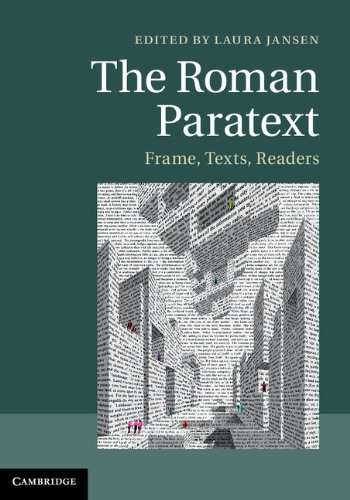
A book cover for The Roman Paratext: Frame, Texts, Readers; Literature & Fiction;